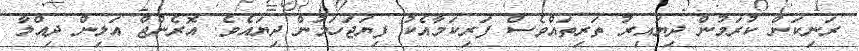
ރަނިކަން ކުރަމުން ދިޔައިރު ތަރިތައްވެސް ފަރިކަމާއެކު ފިޔަޖަހަމުން ދިޔައެވެ. އޮރެންޖް އަލިން ދިއްލާ